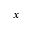
\boldsymbol { x }